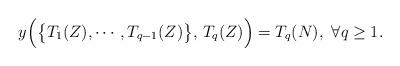
LaTeX: \begin{align*} y\Bigl(\bigl\{T_{1}(Z),\cdots,T_{q-1}(Z)\bigr\},\, T_{q}(Z)\Bigr)=T_{q}(N), \ \forall q\ge 1. \end{align*}